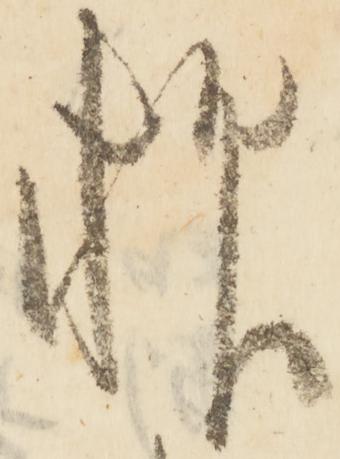
抑